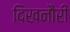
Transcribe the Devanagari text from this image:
दिखनौरी